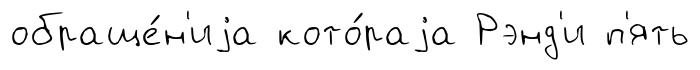
обраще́н'иjа кото́раjа Рэнд'и п'ять